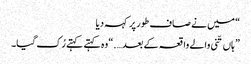
“ میں نے صاف طور پر کہہ دیا
” ہاں تّنی والے واقعہ کے بعد….“ وہ کہتے کہتے رُک گیا۔